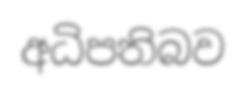
අධිපතිබව